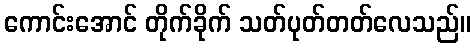
ကောင်းအောင် တိုက်ခိုက် သတ်ပုတ်တတ်လေသည်။